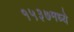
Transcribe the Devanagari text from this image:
१५३७मध्ये